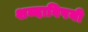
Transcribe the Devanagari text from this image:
शब्दाविषयी